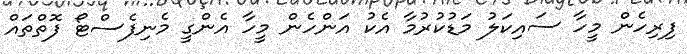
ފިރިހެން މީހާ ސައިކަލު މަޑުކުރުމާ އެކު އަންހެން މީހާ އެންގީ މެނިފެސްޓޯ ފޮތްތައް